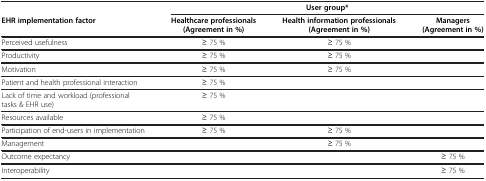
<table><thead><tr><td><b> </b></td><td colspan="3"><b>User group*</b></td></tr><tr><td><b>EHR implementation factor</b></td><td><b>Healthcare professionals(Agreement in %)</b></td><td><b>Health information professionals(Agreement in %)</b></td><td><b>Managers(Agreement in %)</b></td></tr></thead><tbody><tr><td>Perceived usefulness</td><td>≥ 75 %</td><td>≥ 75 %</td><td> </td></tr><tr><td>Productivity</td><td>≥ 75 %</td><td>≥ 75 %</td><td> </td></tr><tr><td>Motivation</td><td>≥ 75 %</td><td>≥ 75 %</td><td> </td></tr><tr><td>Patient and health professional interaction</td><td>≥ 75 %</td><td> </td><td> </td></tr><tr><td>Lack of time and workload (professional tasks &amp; EHR use)</td><td>≥ 75 %</td><td> </td><td> </td></tr><tr><td>Resources available</td><td>≥ 75 %</td><td> </td><td> </td></tr><tr><td>Participation of end-users in implementation</td><td>≥ 75 %</td><td>≥ 75 %</td><td> </td></tr><tr><td>Management</td><td> </td><td>≥ 75 %</td><td> </td></tr><tr><td>Outcome expectancy</td><td> </td><td> </td><td>≥ 75 %</td></tr><tr><td>Interoperability</td><td> </td><td> </td><td>≥ 75 %</td></tr></tbody></table>